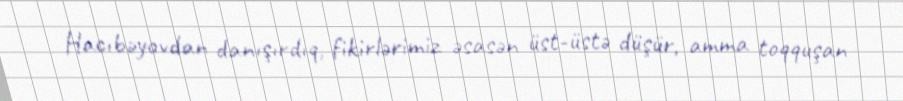
Hacıbəyovdan danışırdıq, fikirlərimiz əsasən üst-üstə düşür, amma toqquşan